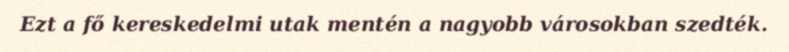
Ezt a fő kereskedelmi utak mentén a nagyobb városokban szedték.